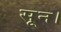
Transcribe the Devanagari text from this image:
सून।